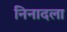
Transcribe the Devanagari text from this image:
निनादला